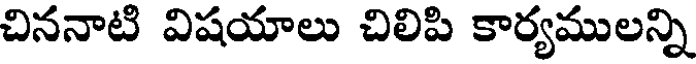
చిననాటి విషయాలు చిలిపి కార్యములన్ని